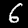
Label: 6